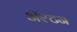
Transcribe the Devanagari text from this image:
ॲश्टन